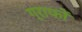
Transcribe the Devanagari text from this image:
ग्राफों